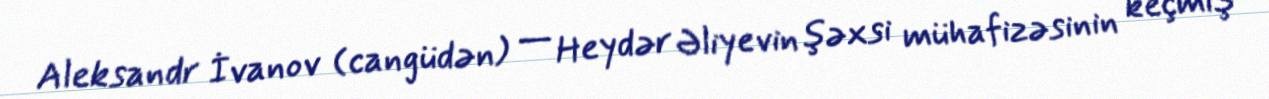
Aleksandr İvanov (cangüdən) — Heydər Əliyevin şəxsi mühafizəsinin keçmiş